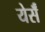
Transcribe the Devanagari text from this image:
येर्सँ